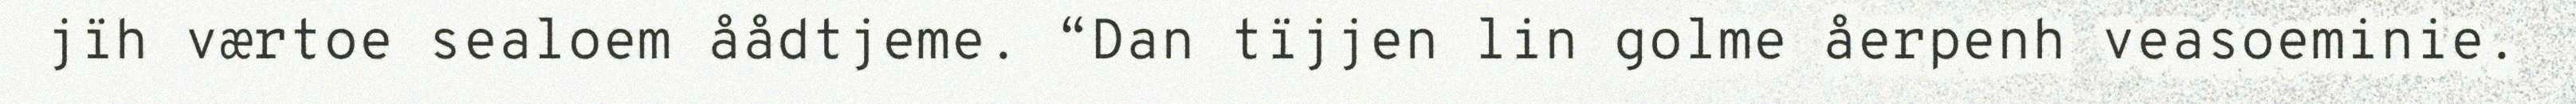
jïh værtoe sealoem åådtjeme. “Dan tïjjen lin golme åerpenh veasoeminie.